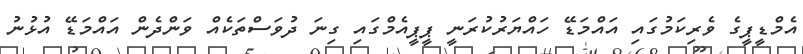
އެމްޑީޕީގެ ވެރިކަމުގައި އައްމަޑޭ ހައްޔަރުކުރަނީ ޕީޕީއެމްގައި ގިނަ ދުވަސްތަކެއް ވަންދެން އައްމަޑޭ އުޅުނު